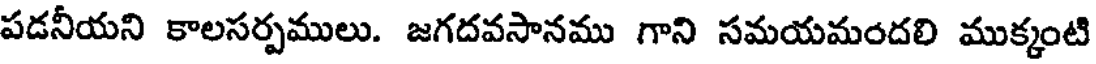
పడనీయని కాలసర్పములు. జగదవసానము గాని సమయమందలి ముక్కంటి